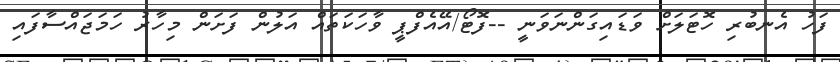
ފަހު އެނބުރި ހޮޓަލަށް ވަޑައިގަންނަވަނީ --ފޮޓޯ/އޭއެފްޕީ ވާހަކަތައް އަލުން ފަށަން މިހާރު ހަމަޖައްސާފައި